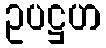
ဥပဋ္ဌဟ